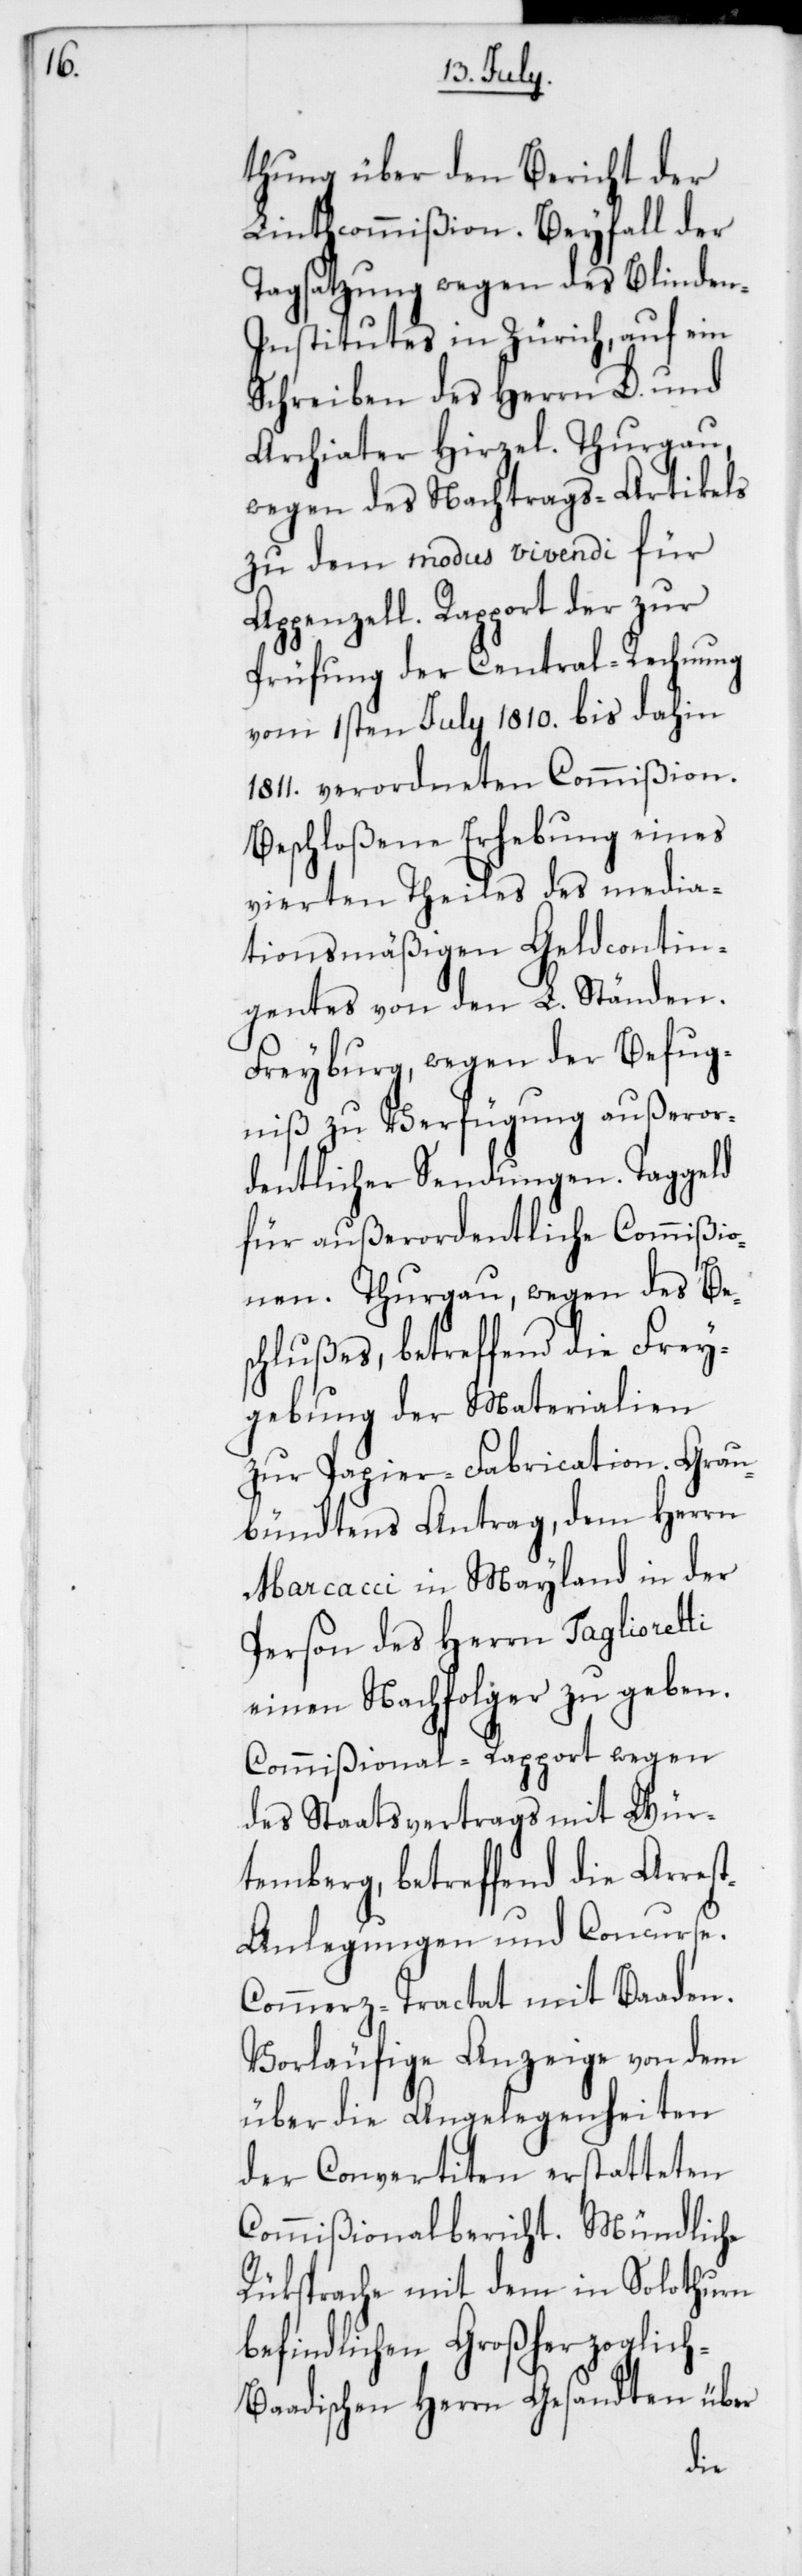
thung über den Bericht der
Linthcommißion. Beyfall der
Tagsatzung wegen des Blinde¬
n-Institutes in Zürich, auf ein
Schreiben des Herrn D. und
Archiater Hirzel. Thurgau,
wegen des Nachtrags-Artikels
zu dem modus vivendi für
Appenzell. Rapport der zur
Prüfung der Central-Rechnung
vom 1sten July 1810. bis dahin
1811. verordneten Commißion.
Beschloßene Erhebung eines
vierten Theils des media¬
tionsmäßigen Geldcontin¬
gentes von den L. Ständen.
Freyburg, wegen der Befug¬
niß zu Verfügung außeror¬
dentlicher Sendungen. Taggeld
für außerordentliche Commißio¬
nen. Thurgau, wegen des Bes¬
chlußes, betreffend die Frey¬
gebung der Materialien
zur Papier-Fabrication. Grau¬
bündtens Antrag, dem Herrn
Marcacci in Mayland in der
Person des Herrn Taglioretti
einen Nachfolger zu geben.
Commißional-Rapport wegen
des Staatsvertrags mit Wür¬
temberg, betreffend die Arres¬
t-Anlegungen und Concurse.
Commerz-Tractat mit Baaden.
Vorläufige Anzeige von dem
über die Angelegenheiten
der Convertiten erstatteten
Commißionalbericht. Mündliche
Rücksprache mit dem in Solothurn
befindlichen Großherzoglic¬
h-Baadischen Herrn Gesandten über